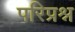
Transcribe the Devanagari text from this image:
परिप्रश्न